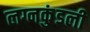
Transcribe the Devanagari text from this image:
लग्नकुंडली